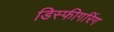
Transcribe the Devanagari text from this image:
डिस्फीगरिंग